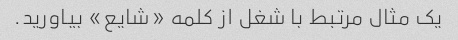
یک مثال مرتبط با شغل از کلمه «شایع» بیاورید.